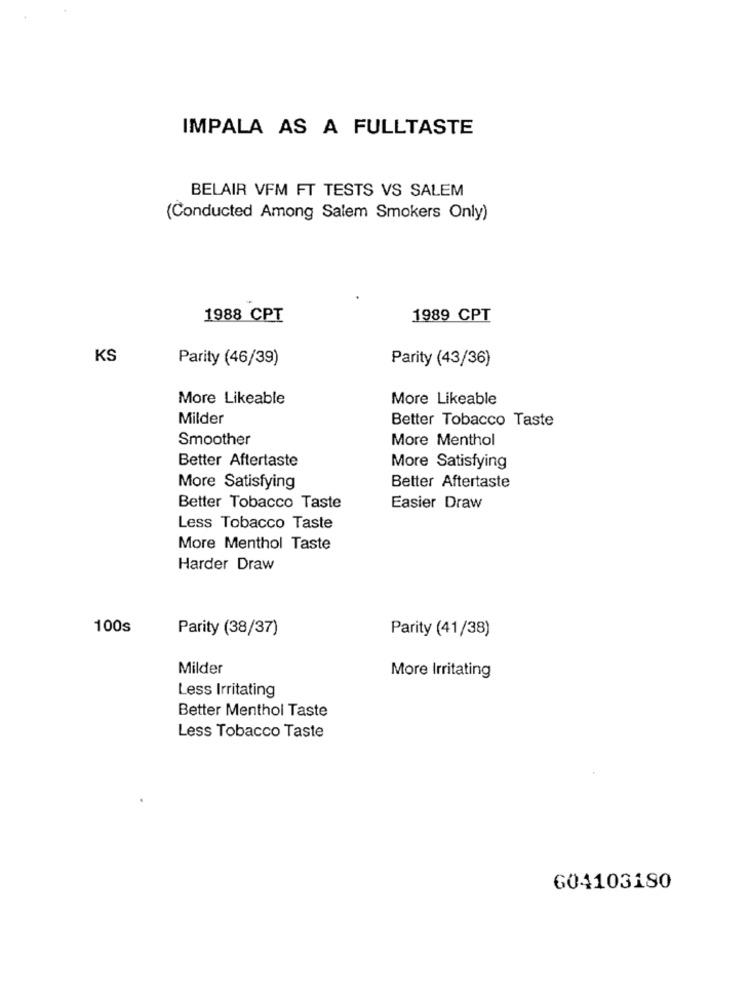
IMPALA AS A FULLTASTE
BELAIR VFM FT TESTS VS SALEM
(Conducted Among Salem Smokers Only)
1988 CPT
1989 CPT
KS
Parity (46/39)
Parity (43/36)
More Likeable
More Likeable
Milder
Better Tobacco Taste
Smoother
More Menthol
Better Aftertaste
More Satisfying
More Satisfying
Better Aftertaste
Better Tobacco Taste
Easier Draw
Less Tobacco Taste
More Menthol Taste
Harder Draw
100s
Parity (38/37)
Parity (41/38)
Milder
More Irritating
Less Irritating
Better Menthol Taste
Less Tobacco Taste
604103180